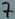
Text: 7